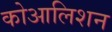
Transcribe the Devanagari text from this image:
कोआलिशन